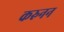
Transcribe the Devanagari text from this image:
करुनन